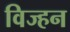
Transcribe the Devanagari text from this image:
विज्हन